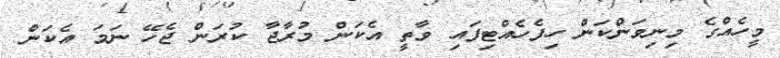
މީހެއްގެ މިނިވަންކަން ހިފެހެއްޓިފައި ވާތީ އެކަން މުރާޖާ ކުރަން ޖެހޭ ނަމަ އެކަން